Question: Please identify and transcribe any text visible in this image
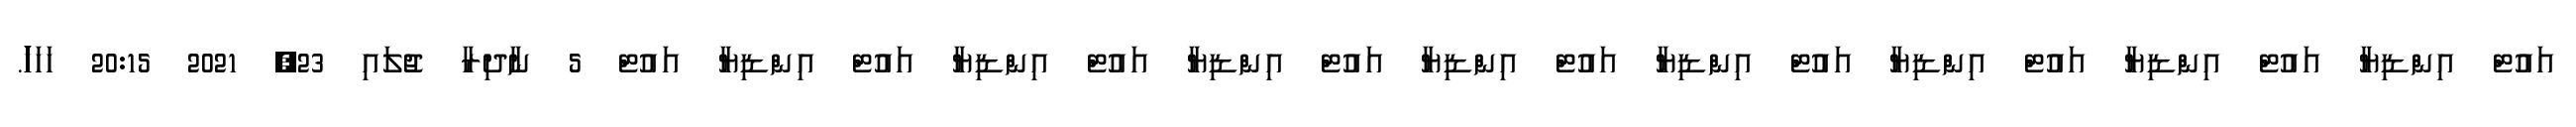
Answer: އައުޓް އިންޑިޔާ އައުޓް އިންޑިޔާ އައުޓް އިންޑިޔާ އައުޓް އިންޑިޔާ އައުޓް އިންޑިޔާ އައުޓް އިންޑިޔާ އައުޓް އިންޑިޔާ އައުޓް އިންޑިޔާ އައުޓް 5 ނާދިރާ ޖުލައި 23, 2021 20:15 ހަހަހަަަަަަަަަ.